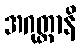
အဂုတ္တာနိ